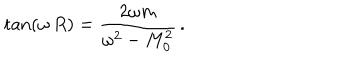
LaTeX: \tan ( \omega \, R ) = \frac { 2 \omega m } { \omega ^ { 2 } - M _ { 0 } ^ { 2 } } \, { . }